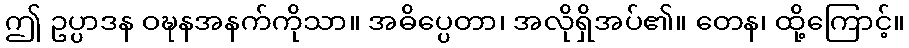
ဤ ဥပ္ပာဒန ဝဍ္ဎနအနက်ကိုသာ။ အဓိပ္ပေတာ၊ အလိုရှိအပ်၏။ တေန၊ ထို့ကြောင့်။